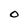
Character: 0